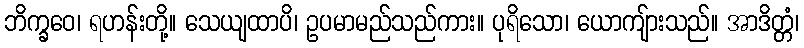
ဘိက္ခဝေ၊ ရဟန်းတို့။ သေယျထာပိ၊ ဥပမာမည်သည်ကား။ ပုရိသော၊ ယောကျ်ားသည်။ အာဒိတ္တံ၊